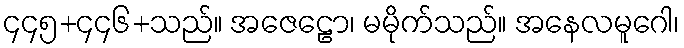
၄၄၅+၄၄၆+သည်။ အဇေဠော၊ မမိုက်သည်။ အနေလမူဂေါ၊